65_HS1-834228961_62-HQ-83894_Section_4
Agency: FBI
Page 187
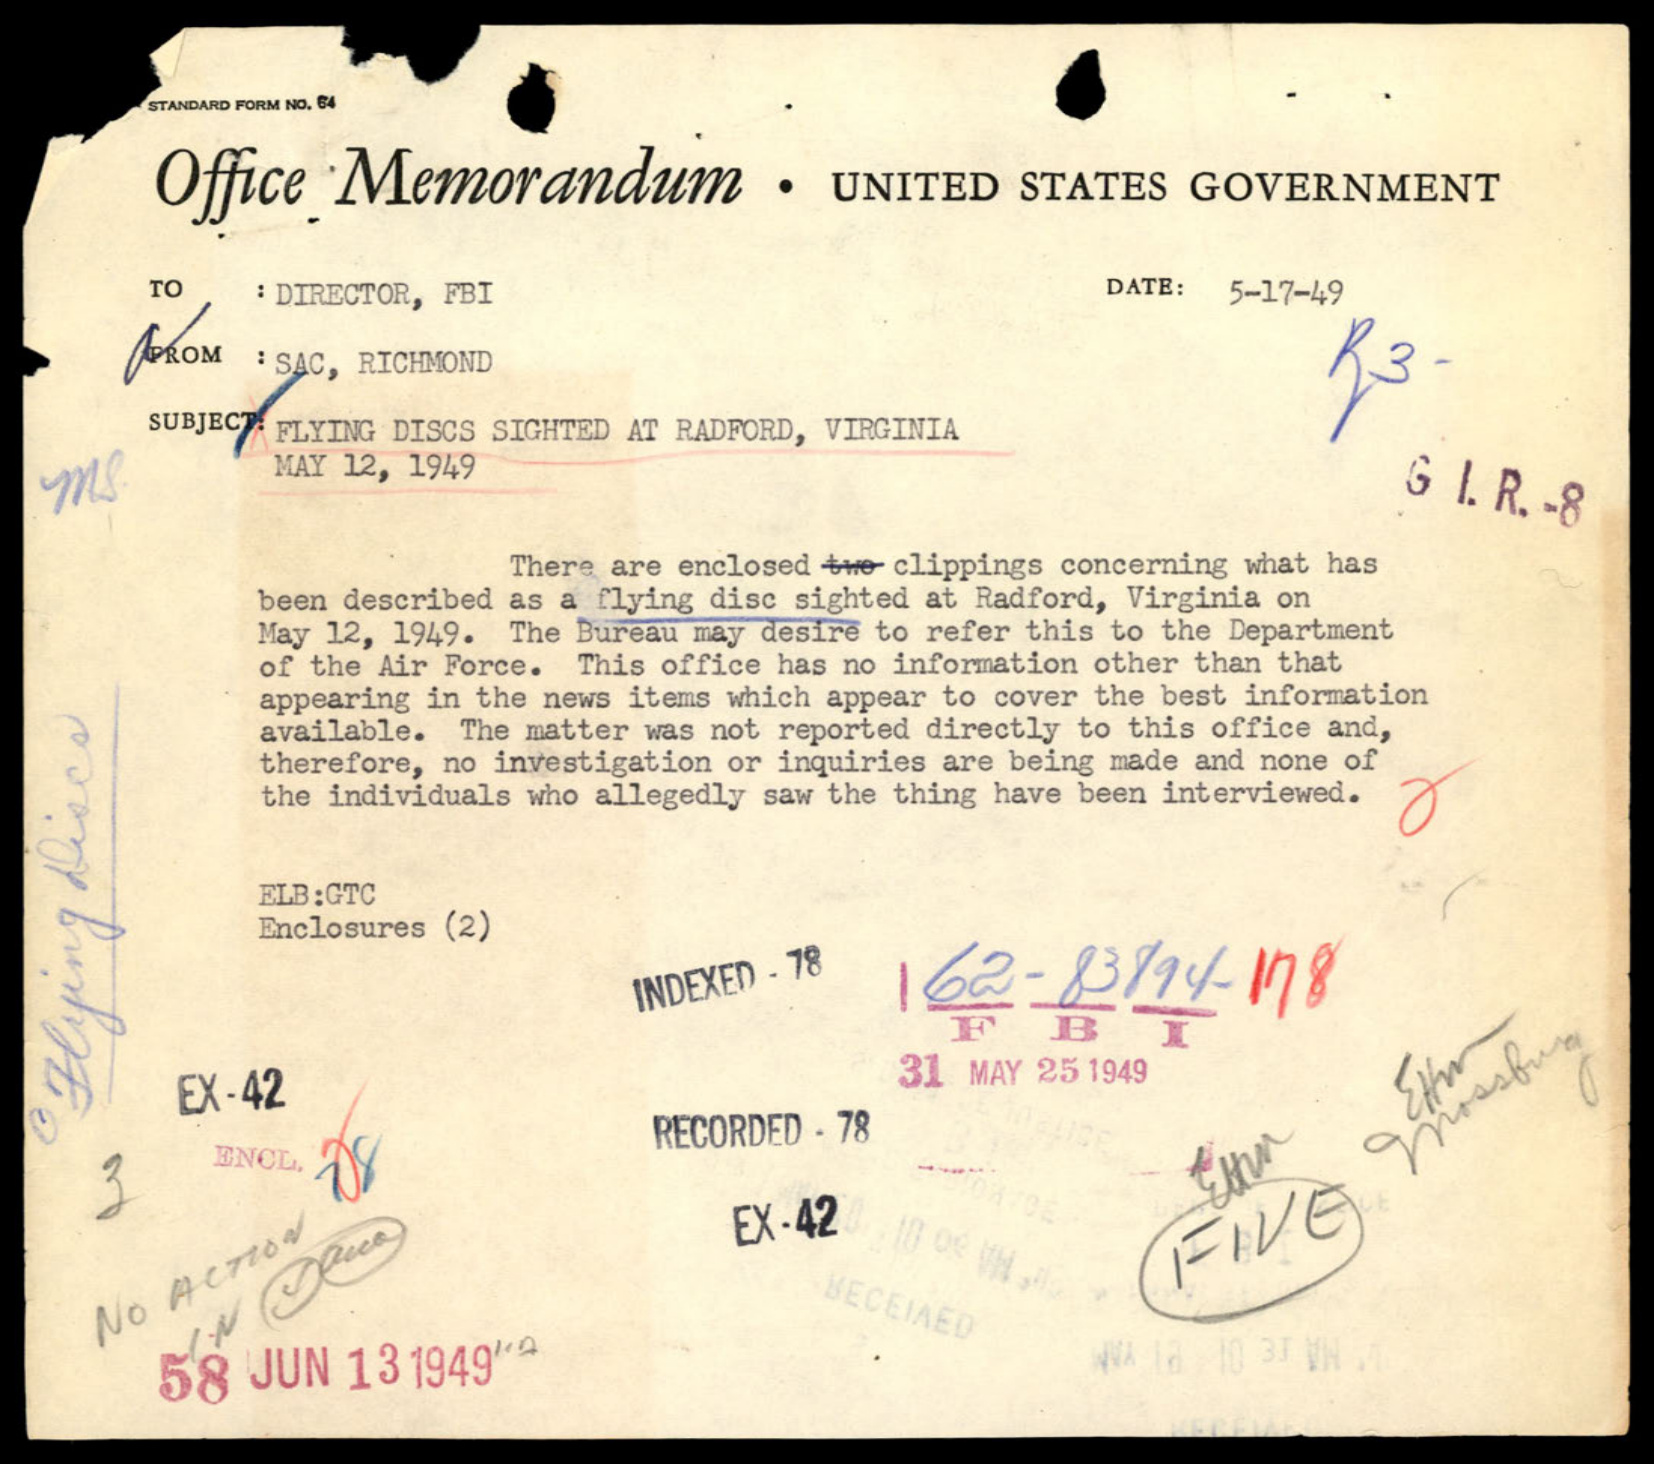